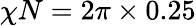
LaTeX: \chi N=2\pi\times 0.25